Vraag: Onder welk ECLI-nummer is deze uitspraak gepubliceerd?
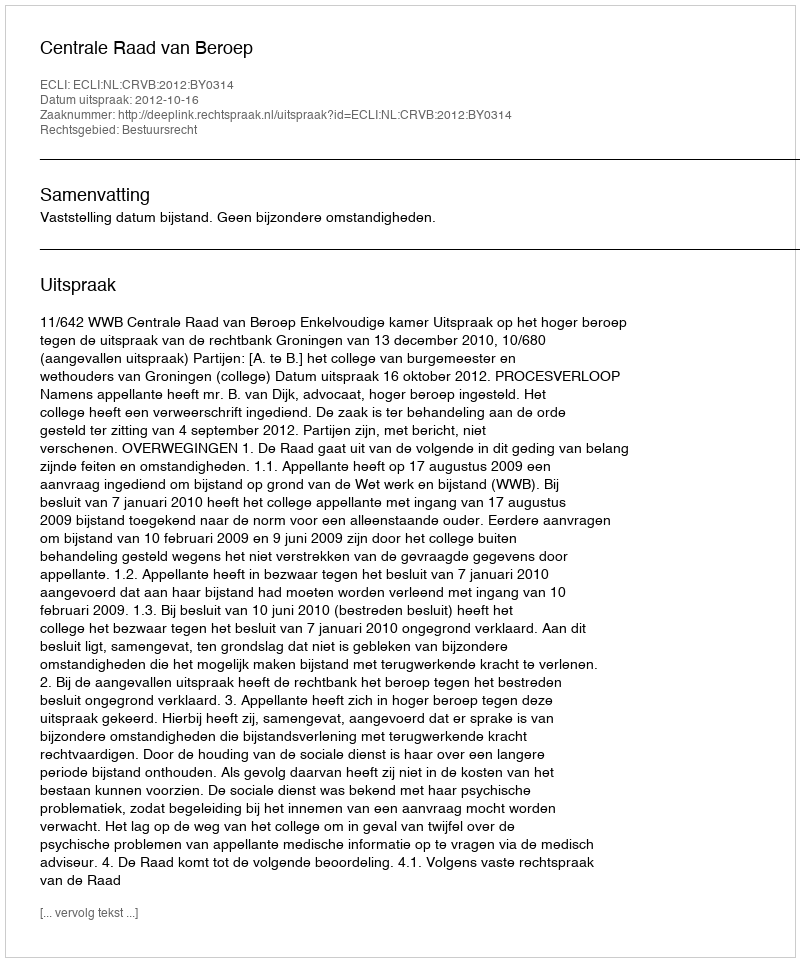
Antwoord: ECLI:NL:CRVB:2012:BY0314